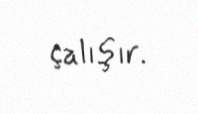
çalışır.